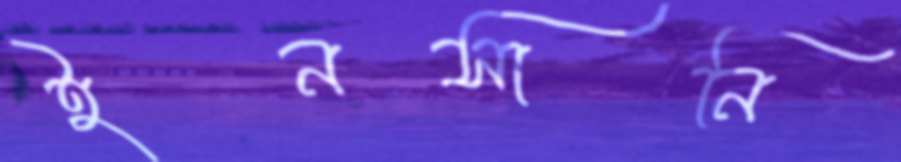
ইনসানি